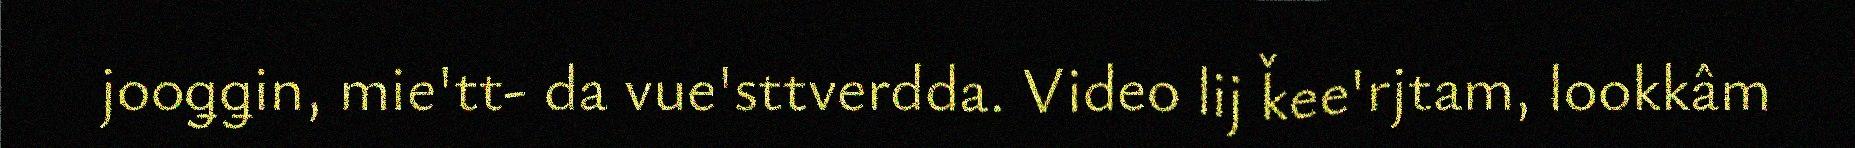
jooǥǥin, mie'tt- da vue'sttverdda. Video lij ǩee'rjtam, lookkâm